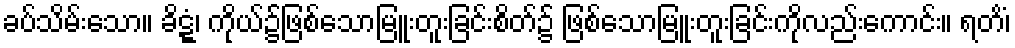
ခပ်သိမ်းသော။ ခိဋ္ဋံ၊ ကိုယ်၌ဖြစ်သောမြူးတူးခြင်းစိတ်၌ ဖြစ်သောမြူးတူးခြင်းကိုလည်းကောင်း။ ရတိံ၊